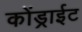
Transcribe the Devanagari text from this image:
कोंड्राईट